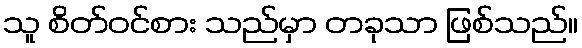
သူ စိတ်ဝင်စား သည်မှာ တခုသာ ဖြစ်သည်။